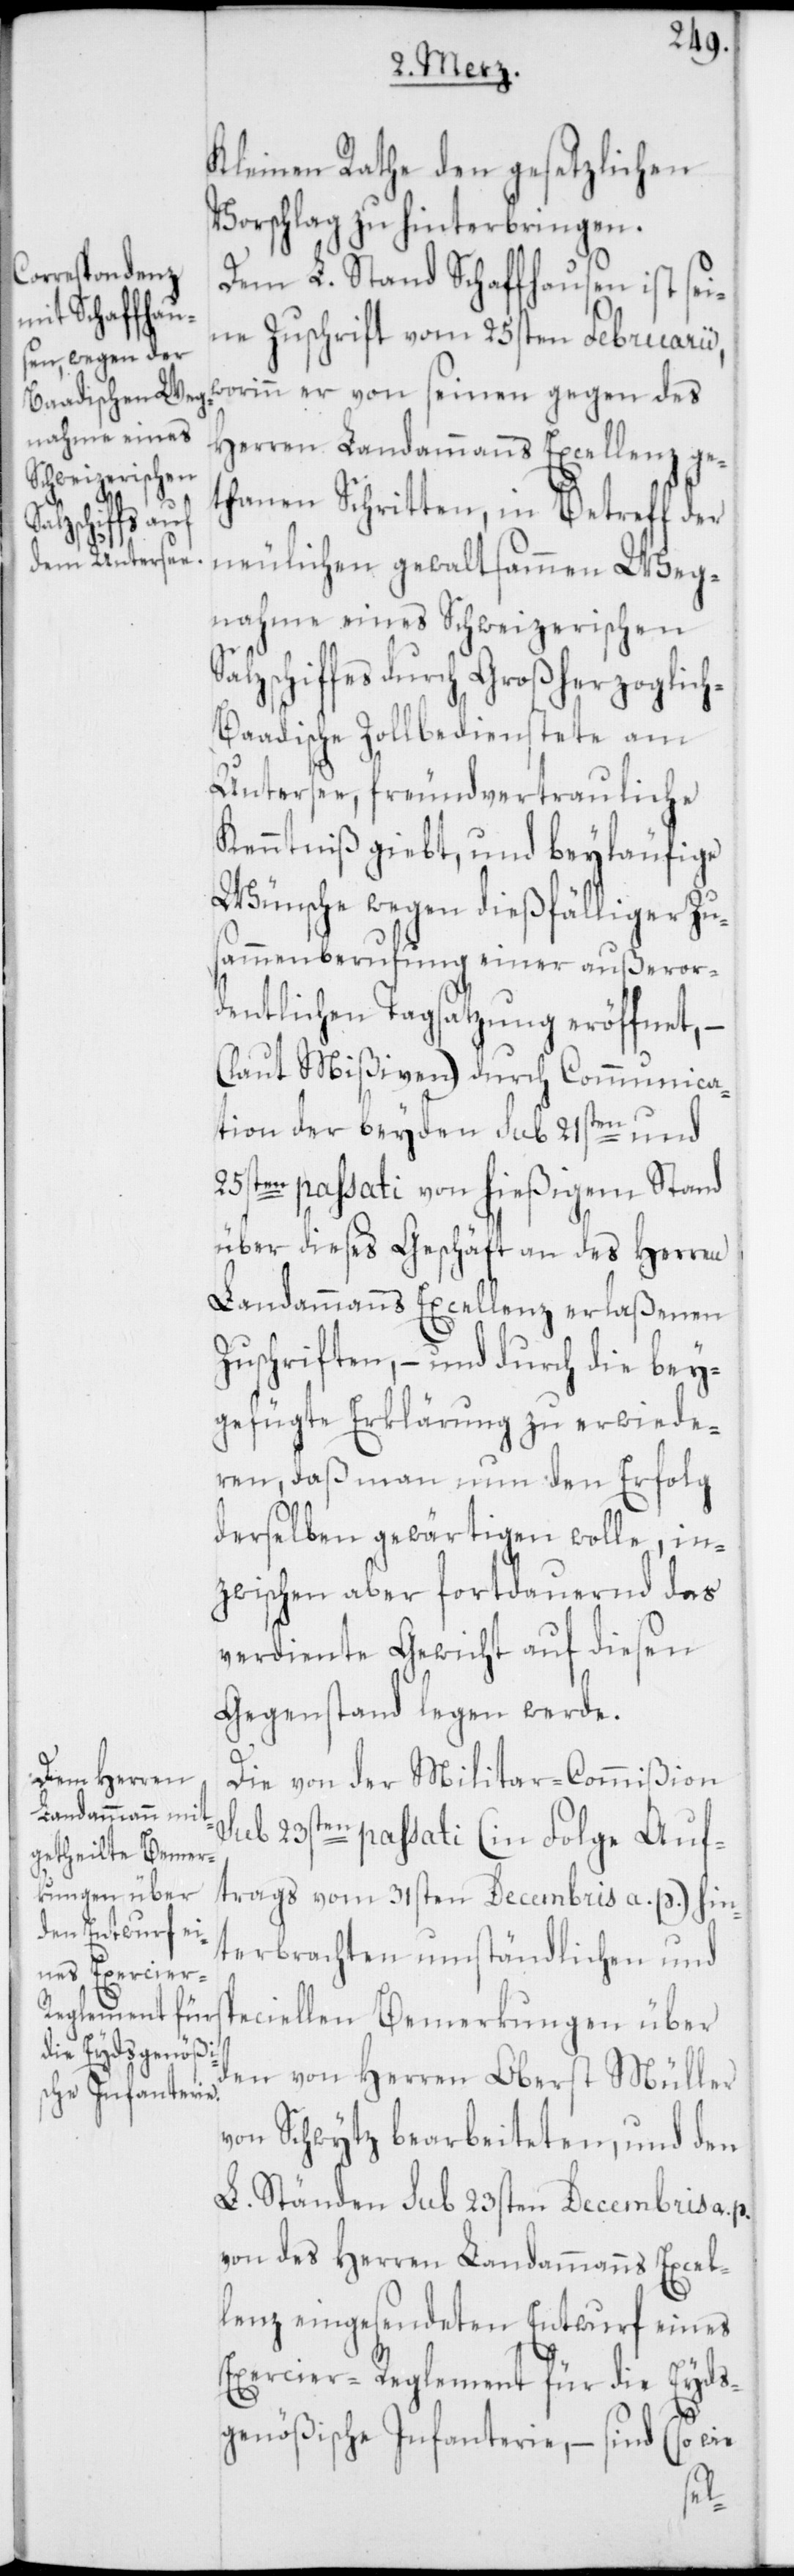
Kleinen Rathe den gesetzlichen
Vorschlag zu hinterbringen.
Dem L. Stand Schaffhausen ist sei¬
ne Zuschrift vom 25sten Februarii,
worinn er von seinen gegen des
Herren Landammanns Excellenz ge¬
thanen Schritten, in Betreff der
neulichen gewaltsammen Weg¬
nahme eines Schweizerischen
zschiffes durch Großherzoglic¬
h-Baadische Zollbedienstete am
Untersee, freundvertrauliche
Kenntniß giebt, und beyläufige
Wünsche wegen dießfälliger Zus¬
ammenberufung einer außeror¬
dentlichen Tagsatzung eröffnet, –
(laut Mißiven) durch Communica¬
tion der beyden sub 21sten und
25sten passati von hießigem Stand
über dieses Geschäft an des Herren
Landammanns Excellenz erlaßenen
Zuschriften, – und durch die bey¬
gefügte Erklärung zu erwiede¬
ren, daß man nun den Erfolg
derselben gewärtigen wolle, in¬
zwischen aber fortdauernd das
verdiente Gewicht auf diesen
Gegenstand legen werde.
Die von der Militar-Commißion
sub 23sten passati (in Folge Auf¬
trags vom 31sten Decembris a. p.) hin¬
terbrachten umständlichen und
eciellen Bemerkungen über
den von Herren Oberst Müller
von Schwytz bearbeiteten, und den
L. Ständen sub 23sten Decembris a. p.
von des Herren Landammanns Excel¬
lenz eingesendeten Entwurf eines
Exercier-Reglement für die Eyds¬
genößische Infanterie, – sind (so wie
sp¬